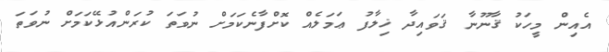
އެއިން މީހަކު ޤާނޫނާ ޤަވައިދާ ޚިލާފު ޢަމަލެއް ކޮށްފާނެކަމަށް ނުވަތަ ކުރަންއުޅޭކަމަށް ނުވަތަ